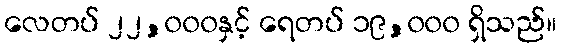
လေတပ် ၂၂,၀၀၀နှင့် ရေတပ် ၁၉,၀၀၀ ရှိသည်။